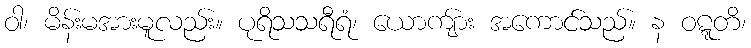
ဝါ၊ မိန်းမအားမူလည်း။ ပုရိသသရီရံ၊ ယောကျ်ား အကောင်သည်။ န ဝဋ္ဋတိ၊